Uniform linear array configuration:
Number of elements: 48
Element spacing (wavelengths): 0.5
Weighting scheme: kaiser
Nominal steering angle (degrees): -30
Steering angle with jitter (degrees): -30.472
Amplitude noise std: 0.05
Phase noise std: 0.05

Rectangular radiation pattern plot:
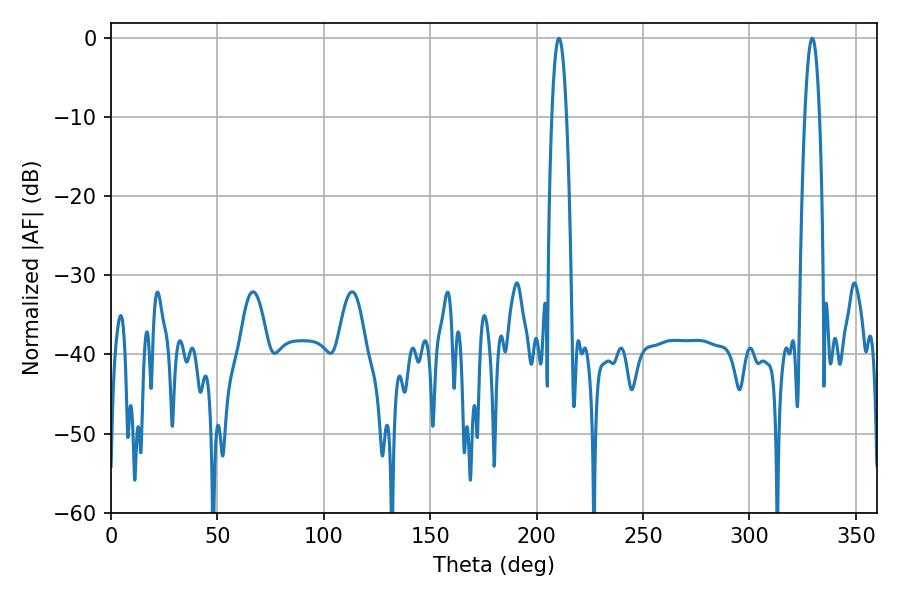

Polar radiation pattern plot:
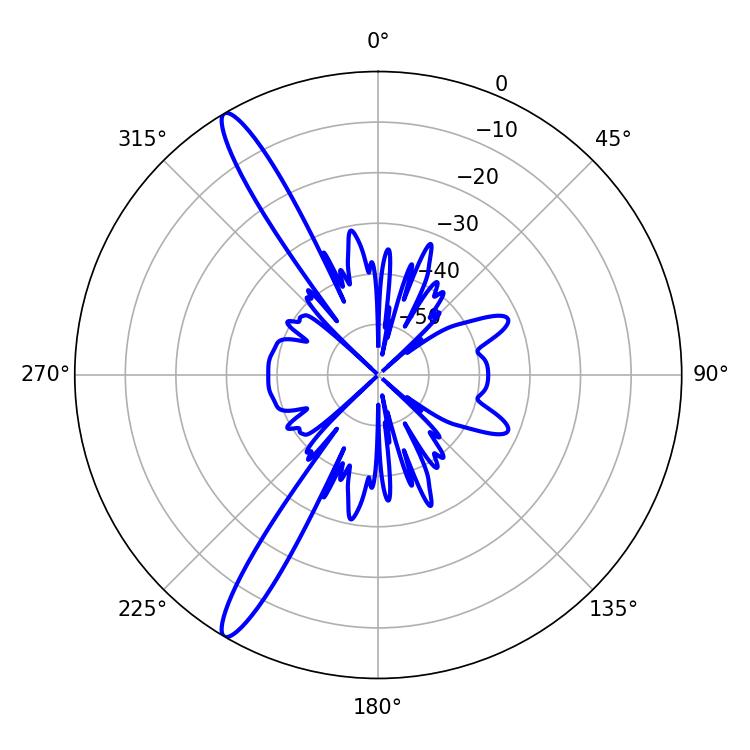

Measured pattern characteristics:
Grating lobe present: FALSE
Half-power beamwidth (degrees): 3.78
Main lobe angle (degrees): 210.42